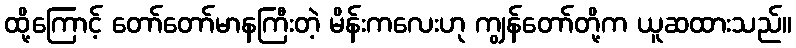
ထို့ကြောင့် တော်တော်မာနကြီးတဲ့ မိန်းကလေးဟု ကျွန်တော်တို့က ယူဆထားသည်။